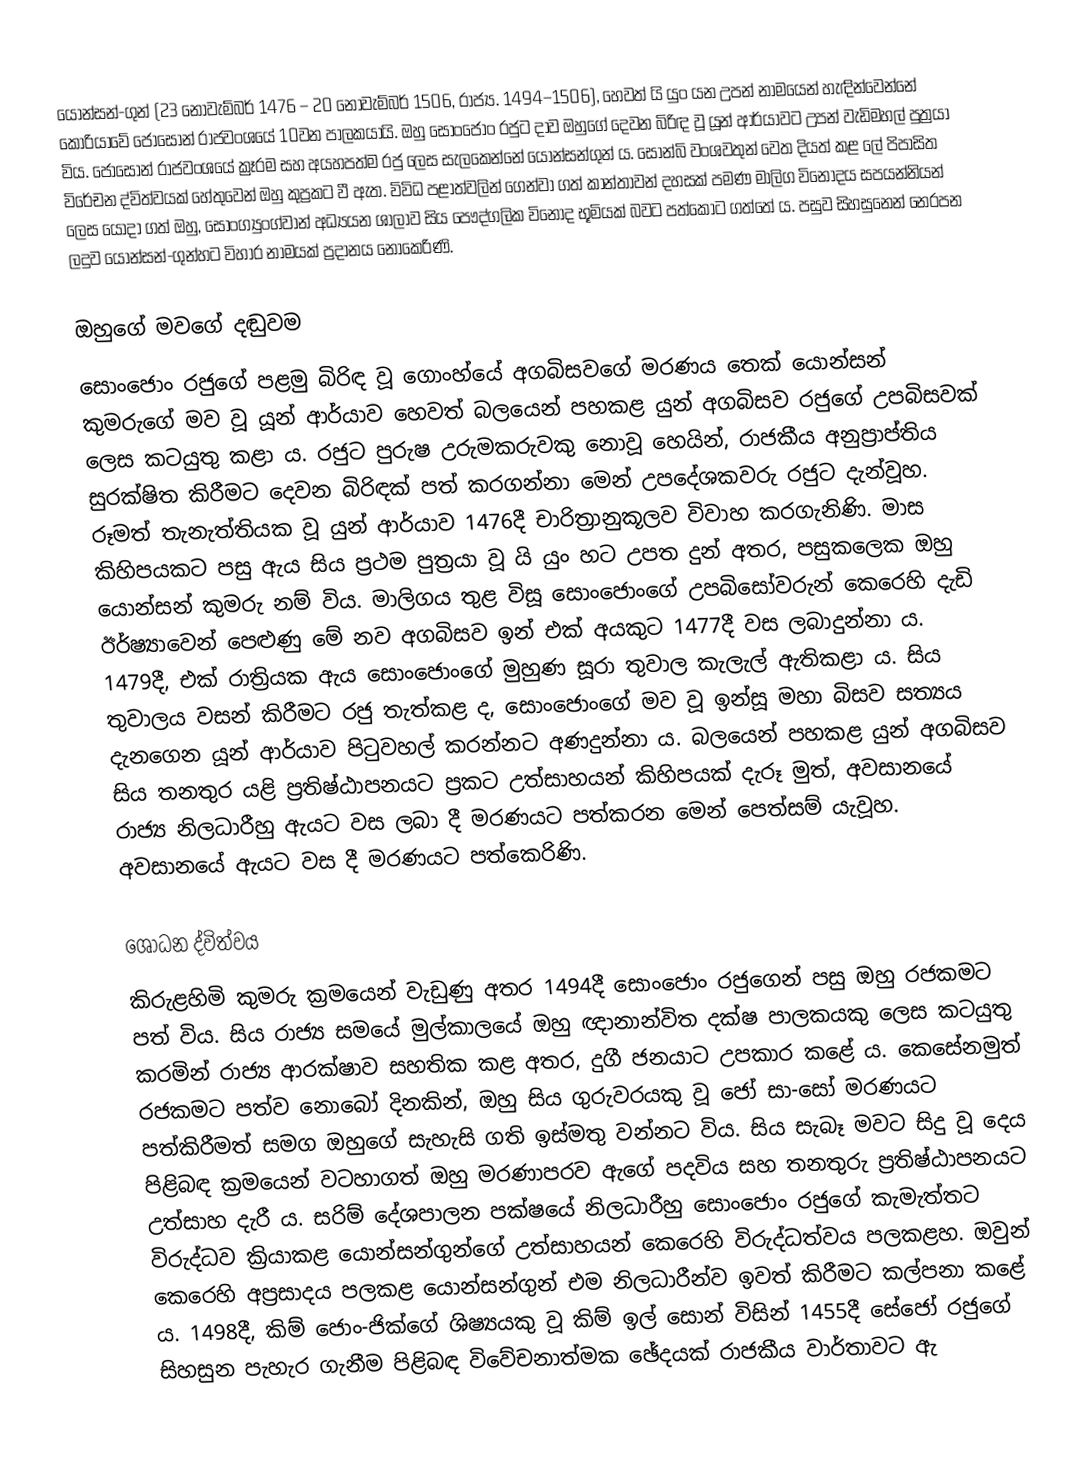
යොන්සන්-ගුන් (23 නොවැම්බර් 1476 – 20 නොවැම්බර් 1506, රාජ්‍ය. 1494–1506), හෙවත් යි යුං යන උපන් නාමයෙන් හැඳින්වෙන්නේ කොරියාවේ ජොසොන් රාජවංශයේ 10වන පාලකයායි. ඔහු සොංජොං රජුට දාව ඔහුගේ දෙවන බිරිඳ වූ යූන් ආර්යාවට උපන් වැඩිමහල් පුත්‍රයා විය. ජොසොන් රාජවංශයේ ක්‍රෑරම සහ අයහපත්ම රජු ලෙස සැලකෙන්නේ යොන්සන්ගුන් ය. සොන්බි වංශවතුන් වෙත දියත් කළ ලේ පිපාසිත විරේචන ද්විත්වයක් හේතුවෙන් ඔහු කුප්‍රකට වී ඇත. විවිධ පළාත්වලින් ගෙන්වා ගත් කාන්තාවන් දහසක් පමණ මාලිග විනෝදය සපයන්නියන් ලෙස යොදා ගත් ඔහු, සොංග්‍යුංග්වාන් අධ්‍යයන ශාලාව සිය පෞද්ගලික විනෝද භූමියක් බවට පත්කොට ගත්තේ ය. පසුව සිහසුනෙන් නෙරපන ලදුව යොන්සන්-ගුන්හට විහාර නාමයක් ප්‍රදානය නොකෙරිණි.

ඔහුගේ මවගේ දඬුවම
සොංජොං රජුගේ පළමු බිරිඳ වූ ගොංහ්යේ අගබිසවගේ මරණය තෙක් යොන්සන් කුමරුගේ මව වූ යූන් ආර්යාව හෙවත් බලයෙන් පහකළ යුන් අගබිසව රජුගේ උපබිසවක් ලෙස කටයුතු කළා ය. රජුට පුරුෂ උරුමකරුවකු නොවූ හෙයින්, රාජකීය අනුප්‍රාප්තිය සුරක්ෂිත කිරීමට දෙවන බිරිඳක් පත් කරගන්නා මෙන් උපදේශකවරු රජුට දැන්වූහ. රූමත් තැනැත්තියක වූ යුන් ආර්යාව 1476දී චාරිත්‍රානුකූලව විවාහ කරගැනිණි. මාස කිහිපයකට පසු ඇය සිය ප්‍රථම පුත්‍රයා වූ යි යුං හට උපත දුන් අතර, පසුකලෙක ඔහු යොන්සන් කුමරු නම් විය. මාලිගය තුළ විසූ සොංජොංගේ උපබිසෝවරුන් කෙරෙහි දැඩි ඊර්ෂ්‍යාවෙන් පෙළුණු මේ නව අගබිසව ඉන් එක් අයකුට 1477දී වස ලබාදුන්නා ය. 1479දී, එක් රාත්‍රියක ඇය සොංජොංගේ මුහුණ සූරා තුවාල කැලැල් ඇතිකළා ය. සිය තුවාලය වසන් කිරීමට රජු තැත්කළ ද, සොංජොංගේ මව වූ ඉන්සූ මහා බිසව සත්‍යය දැනගෙන යූන් ආර්යාව පිටුවහල් කරන්නට අණදුන්නා ය. බලයෙන් පහකළ යුන් අගබිසව සිය තනතුර යළි ප්‍රතිෂ්ඨාපනයට ප්‍රකට උත්සාහයන් කිහිපයක් දැරූ මුත්, අවසානයේ රාජ්‍ය නිලධාරීහු ඇයට වස ලබා දී මරණයට පත්කරන මෙන් පෙත්සම් යැවූහ. අවසානයේ ඇයට වස දී මරණයට පත්කෙරිණි.

ශෝධන ද්විත්වය
කිරුළහිමි කුමරු ක්‍ර‍මයෙන් වැඩුණු අතර 1494දී සොංජොං රජුගෙන් පසු ඔහු රජකමට පත් විය. සිය රාජ්‍ය සමයේ මුල්කාලයේ ඔහු ඥානාන්විත දක්ෂ පාලකයකු ලෙස කටයුතු කරමින් රාජ්‍ය ආරක්ෂාව සහතික කළ අතර, දුගී ජනයාට උපකාර කළේ ය. කෙසේනමුත් රජකමට පත්ව නොබෝ දිනකින්, ඔහු සිය ගුරුවරයකු වූ ජෝ සා-සෝ මරණයට පත්කිරීමත් සමග ඔහුගේ සැහැසි ගති ඉස්මතු වන්නට විය. සිය සැබෑ මවට සිදු වූ දෙය පිළිබඳ ක්‍රමයෙන් වටහාගත් ඔහු මරණාපරව ඇගේ පදවිය සහ තනතුරු ප්‍රතිෂ්ඨාපනයට උත්සාහ දැරී ය. සරිම් දේශපාලන පක්ෂයේ නිලධාරීහු සොංජොං රජුගේ කැමැත්තට විරුද්ධව ක්‍රියාකළ යොන්සන්ගුන්ගේ උත්සාහයන් කෙරෙහි විරුද්ධත්වය පලකළහ. ඔවුන් කෙරෙහි අප්‍රසාදය පලකළ යොන්සන්ගුන් එම නිලධාරීන්ව ඉවත් කිරීමට කල්පනා කළේ ය. 1498දී, කිම් ජොං-ජික්ගේ ශිෂ්‍යයකු වූ කිම් ඉල් සොන් විසින් 1455දී සේජෝ රජු‍ගේ සිහසුන පැහැර ගැනීම පිළිබඳ විවේචනාත්මක ඡේදයක් රාජකීය වාර්තාවට ඇ